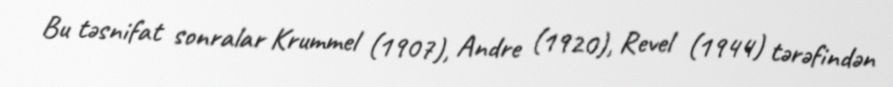
Bu təsnifat sonralar Krummel (1907), Andre (1920), Revel (1944) tərəfindən